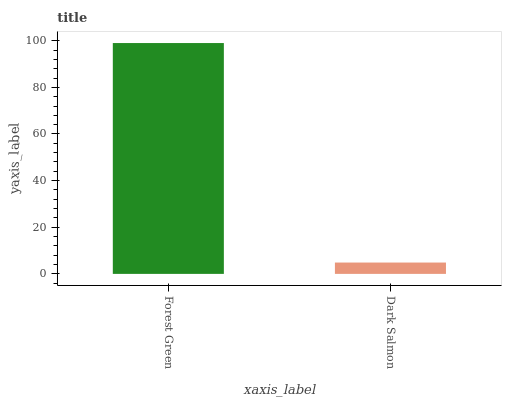
| xaxis_label | bars |
 | --- | --- |
 | Forest Green | 99 |
 | Dark Salmon | 4.87 |